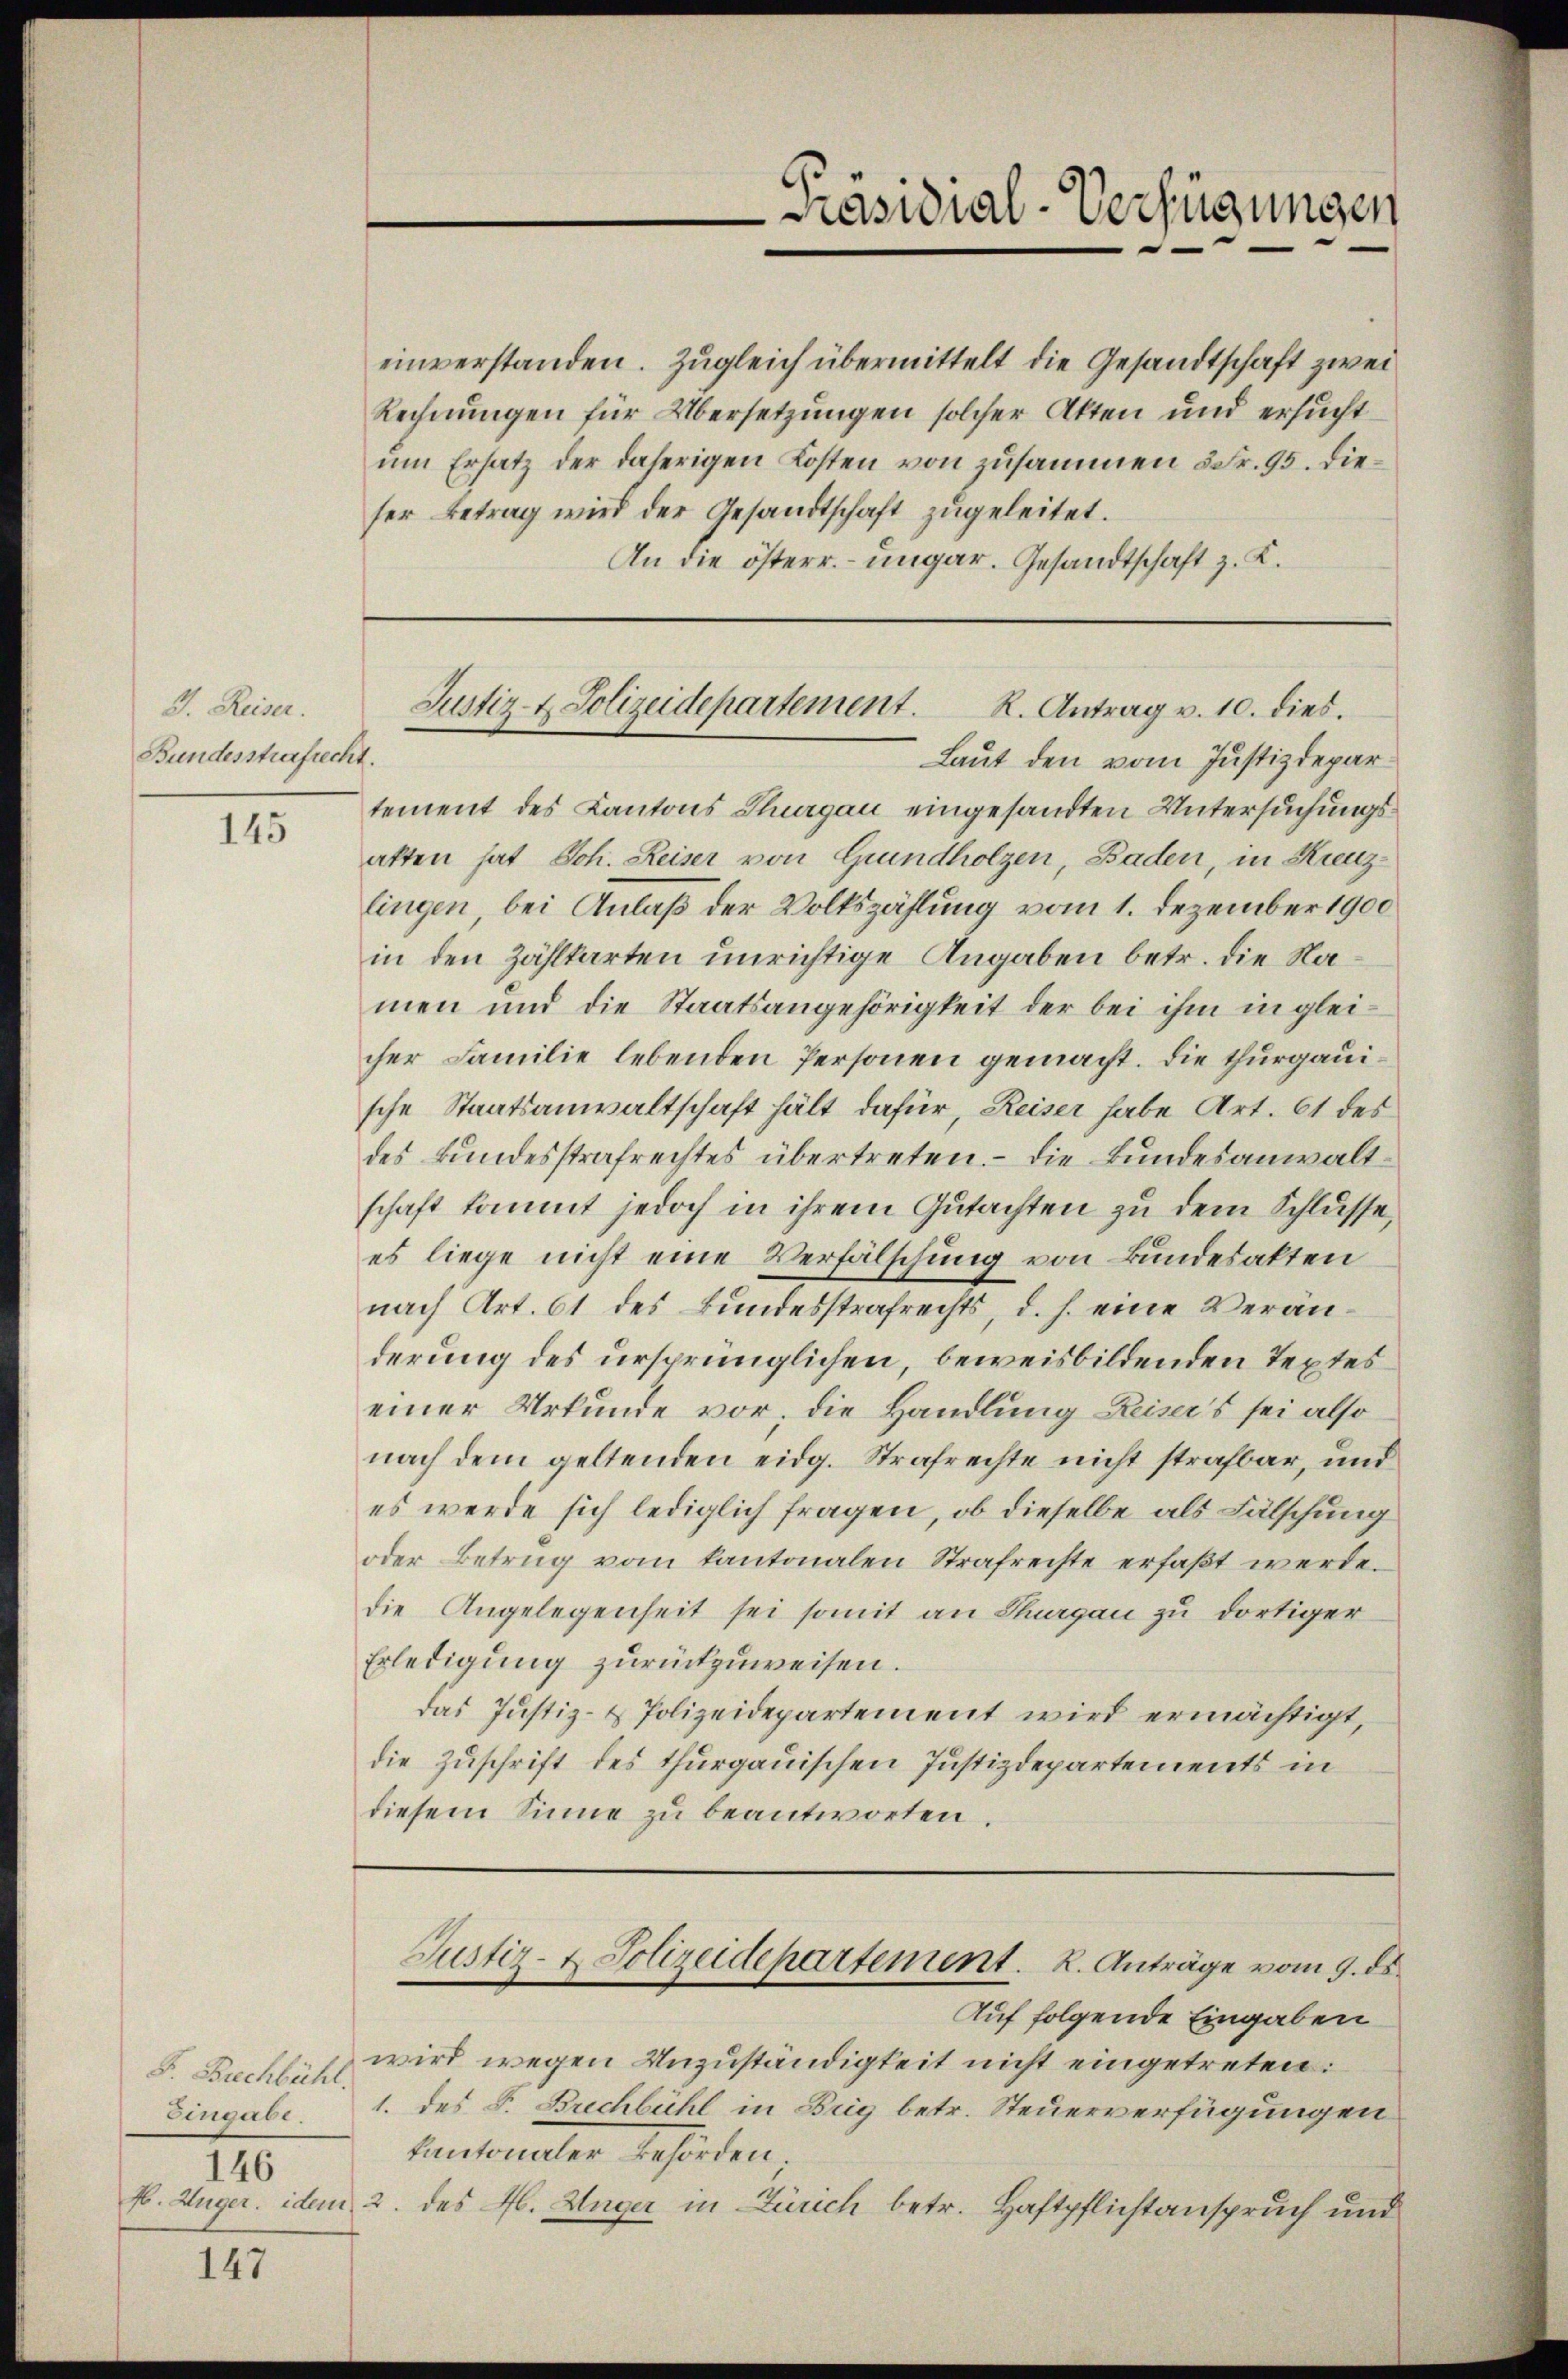
I. Reiser.
Bundesstrafrecht.

145

146

147

Rechnungen für Übersetzungen solcher Akten und ersucht
um Ersatz der daherigen Kosten von zusammen 5 Fr. 95. Dieser Betrag wird der Gesandtschaft zugeleitet.
An die österr. ungar. Gesandtschaft z. K.

Präsidial-Verfügungen

einverstanden. Zugleich übermittelt die Gesandtschaft zwei

Justiz- & Polizeidepartement. R. Antrag v. 10. dies.

Laut den vom Justizdepartement des Kantons Thurgau eingesandten Untersuchungsatten hat Joh. Reiser von Grundholzen, Baden, in Kreuzlingen, bei Anlaß der Volkszählung vom 1. Dezember 1900
in den Zählkarten unrichtige Angaben betr. die Namen und die Staatsangehörigkeit der bei ihm in gleicher Familie lebenden Personen gemacht. Die thurgauische Staatsanwaltschaft hält dafür, Reiser habe Art. 61 des
des Bundesstrafrechtes übertreten. - Die Bundesanwaltschaft kommt jedoch in ihrem Gutachten zu dem Schlüsse,
es liege nicht eine Verfälschung von Bundesakten
nach Art. 61 des Bundesstrafrechts, d. h. eine Veränderung des ursprünglichen, beweisbildenden Textes
einer Urkunde vor; die Handlung Reiser’s sei also
nach dem geltenden eidg. Strafrechte nicht strafbar, und
es werde sich lediglich fragen, ob dieselbe als Fälschung
oder Betrug vom kantonalen Strafrechte erfaßt werde.
die Angelegenheit sei somit an Thurgau zu dortiger
Erledigung zurückzuweisen.
das Justiz- & Polizeidepartement wird ermächtigt,
die Zuschrift des thurgauischen Justizdepartements in
diesem Sinne zŭ beantworten.
Justiz- & Polizeidepartement. K. Anträge vom 9. ds.
Auf folgende Eingaben
F. Buchbar wird wegen Unzuständigkeit nicht eingetreten:
Eingabe 1. des S. Brechbühl in Brig betr. Steuerverfügungen
Kantonaler Behörden
k. Zuger idem 2. des Ab. Unger in Zürich betr. Haftpflichtanspruch und